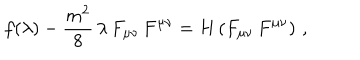
f ( \lambda ) - \frac { m ^ { 2 } } { 8 } \, \lambda \, F _ { \mu \nu } \, F ^ { \mu \nu } = H \left( F _ { \mu \nu } \, F ^ { \mu \nu } \right) \, ,